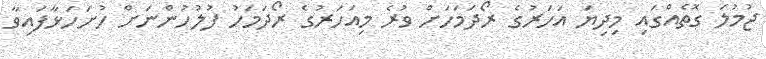
ޖުމުލަ ގޮތެއްގައި މިދިޔަ އަހަރުގެ ރޯދަމަހަށް ވުރެ މިއަހަރުގެ ރޯދަމަހު ފުލުހުންނަށް ހުށަހަޅާފައިވާ